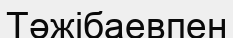
Тәжібаевпен